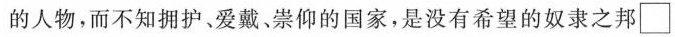
的人物，而不知拥护、爱戴。崇仰的国家，是没有希望的奴隶之邦\Box